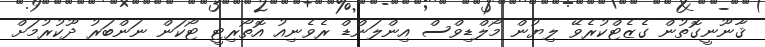
ޤާނޫނީގޮތުން ގެޒެޓްކުރެވޭ ލިޔުން މޯލްޑިވްސް އިންލަންޑް ރެވެނިއު އޮތޯރިޓީ ޓޯކަން ނަންބަރު ދޫކުރުމަށް